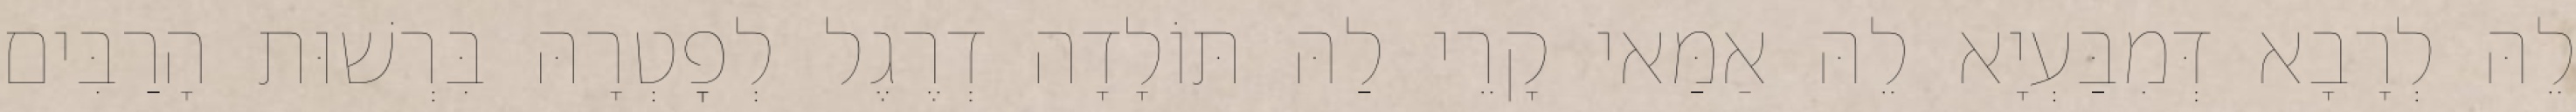
לֵהּ לְרָבָא דְּמִבַּעְיָא לֵהּ אַמַּאי קָרֵי לַהּ תּוֹלָדָה דְרֶגֶל לְפׇטְרָהּ בִּרְשׁוּת הָרַבִּים